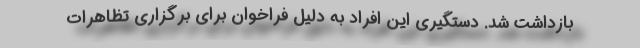
بازداشت شد. دستگیری این افراد به دلیل فراخوان برای برگزاری تظاهرات